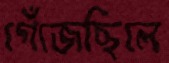
গেঁজেছিলে